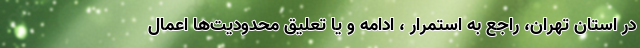
در استان تهران، راجع به استمرار ، ادامه و یا تعلیق محدودیت‌ها اعمال